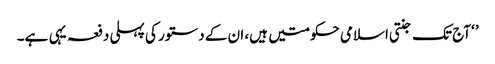
’ ‘آج تک جنتی اسلامی حکومتیں ہیں، ان کے دستور کی پہلی دفعہ یہی ہے۔